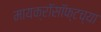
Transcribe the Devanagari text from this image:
मायक्रॉसॉफ्टच्या